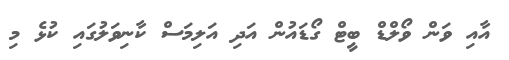
އާއި ވަން ވޯލްޑް ބީޓް ގޯޑައުން އަދި އަލިމަސް ކާނިވަލުގައި ކުޅެ މި